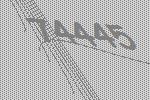
74445